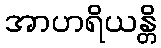
အာဟရိယန္တိ